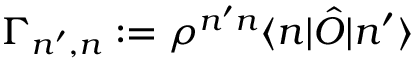
\Gamma _ { n ^ { \prime } , n } : = \rho ^ { n ^ { \prime } n } \langle n | \hat { O } | n ^ { \prime } \rangle